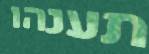
תענהו